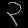
Digit: ၃